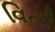
વિતી